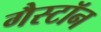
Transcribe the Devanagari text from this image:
गैस्टॉन